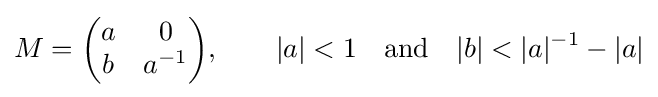
M={\begin{pmatrix}a&0\\b&a^{-1}\end{pmatrix}},\qquad |a|<1\quad {\text{and}}\quad |b|<|a|^{-1}-|a|